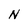
Character: N